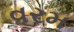
વરમ